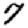
Digit: 7